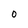
Character: 0